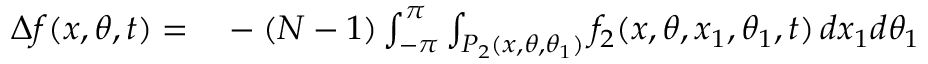
\begin{array} { r l } { \Delta f ( x , \theta , t ) = } & { { } - ( N - 1 ) \int _ { - \pi } ^ { \pi } \int _ { P _ { 2 } ( x , \theta , \theta _ { 1 } ) } f _ { 2 } ( x , \theta , x _ { 1 } , \theta _ { 1 } , t ) \, d x _ { 1 } d \theta _ { 1 } } \end{array}